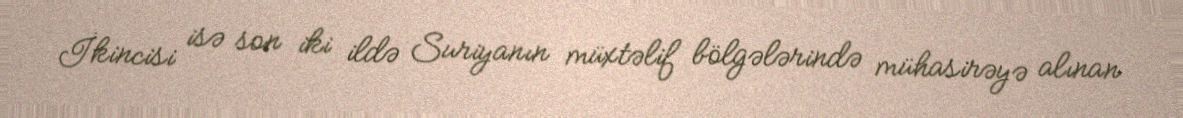
İkincisi isə son iki ildə Suriyanın müxtəlif bölgələrində mühasirəyə alınan